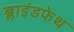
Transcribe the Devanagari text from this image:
ब्लाइंडफेथ